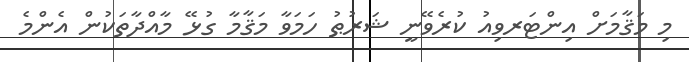
މި މަޤާމަށް އިންޓަރވިއު ކުރެވޭނީ ޝަރުޠު ހަމަވާ މަޤާމާ ގުޅޭ މާއްދާތަކުން އެންމެ